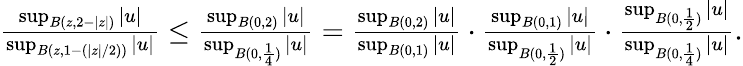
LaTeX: \begin{array}{r}{\frac{\operatorname*{sup}_{B(z,2-|z|)}|u|}{\operatorname*{sup}_{B(z,1-({|z|}/{2}))}|u|}\leq\frac{\operatorname*{sup}_{B(0,2)}|u|}{\operatorname*{sup}_{B(0,\frac{1}{4})}|u|}=\frac{\operatorname*{sup}_{B(0,2)}|u|}{\operatorname*{sup}_{B(0,1)}|u|}\cdot\frac{\operatorname*{sup}_{B(0,1)}|u|}{\operatorname*{sup}_{B(0,\frac{1}{2})}|u|}\cdot\frac{\operatorname*{sup}_{B(0,\frac{1}{2})}|u|}{\operatorname*{sup}_{B(0,\frac{1}{4})}|u|}.}\end{array}